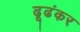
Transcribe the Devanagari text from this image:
ढूढंकर